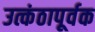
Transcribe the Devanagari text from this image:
उत्कंठापूर्वक